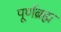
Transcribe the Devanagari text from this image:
पूर्णब्रह्म